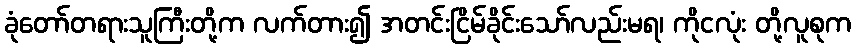
ခုံတော်တရားသူကြီးတို့က လက်တား၍ အတင်းငြိမ်ခိုင်းသော်လည်းမရ၊ ကိုငလုံး တို့လူစုက